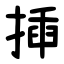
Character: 揷